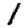
Digit: 1